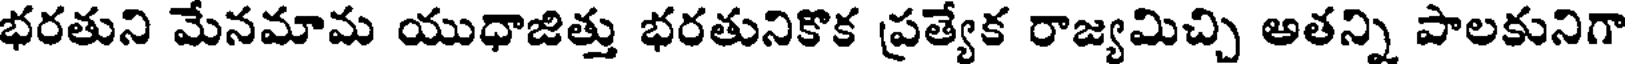
భరతుని మేనమామ యుధాజిత్తు భరతునికొక ప్రత్యేక రాజ్యమిచ్చి అతన్ని పాలకునిగా